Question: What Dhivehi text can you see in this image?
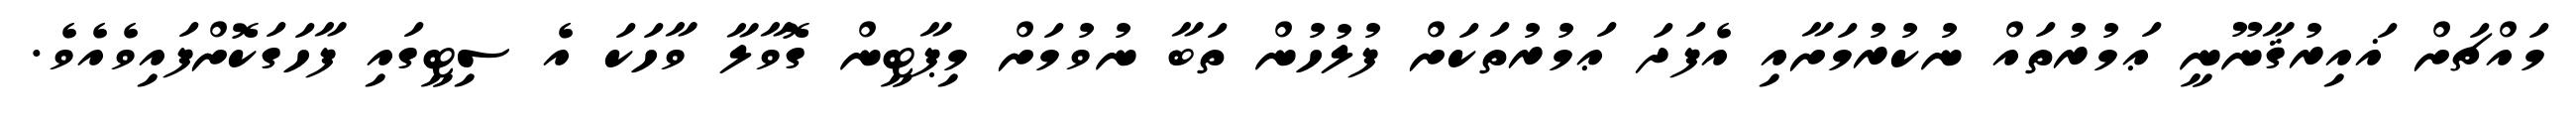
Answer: މައްޗަށް ޣައިރުޤާނޫނީ ޢަމުރުތައް ނުކުރުމަށާއި އެފަދަ ޢަމުރުތަކަށް ފުލުހުން ތަބާ ނުވުމަށް މިޕާޓީން ގޮވާލާ ވާހަކަ އެ ސިޓީގައި ފާހަގަކޮށްފައިވެއެވެ.